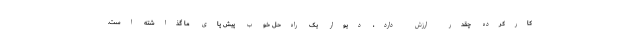
کارکرده چقدر ارزش دارد، دیوار یک راه‌حل خوب پیش پای ما گذاشته است.